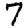
Digit: 7